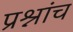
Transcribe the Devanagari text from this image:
प्रश्नांच